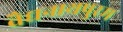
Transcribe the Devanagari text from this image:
वैद्यनाथपुरम